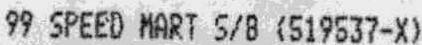
99 SPEED MART S/B (519537-X)